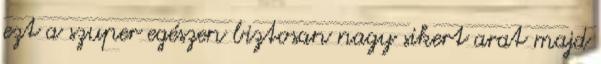
ezt a szuper egészen biztosan nagy sikert arat majd